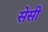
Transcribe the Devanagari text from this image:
सेसी